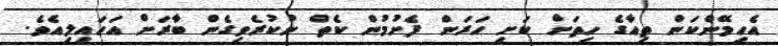
އެހިމޭންކަން ތިއާގެ ހިތަށް ކަށި ހަރަން ފެށުމުން ކެތް ނުކުރެވިގެން ބާރަށް އަހައިލިއެވެ.